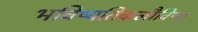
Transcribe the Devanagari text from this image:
भविष्यतिकलौविष्णु